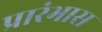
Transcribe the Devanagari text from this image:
प्रारंभास